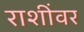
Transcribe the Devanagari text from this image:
राशींवर